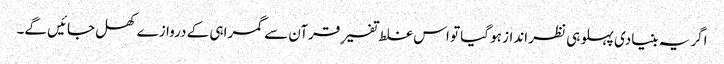
اگر یہ بنیادی پہلو ہی نظر انداز ہو گیا تو اس غلط تفسیرِ قرآن سے گمراہی کے دروازے کھل جائیں گے۔